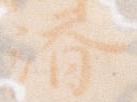
済